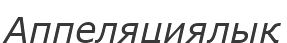
Аппеляциялық